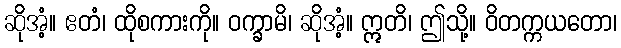
ဆိုအံ့။ ဧတံ၊ ထိုစကားကို။ ဝက္ခာမိ၊ ဆိုအံ့။ ဣတိ၊ ဤသို့။ ဝိတက္ကယတော၊